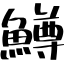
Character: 鱒